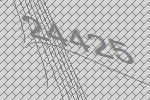
24425